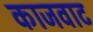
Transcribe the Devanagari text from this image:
काजवाट